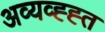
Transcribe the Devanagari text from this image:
अव्यव्ह्ह्त